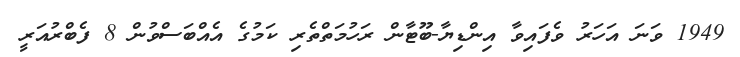
1949 ވަނަ އަހަރު ވެފައިވާ އިންޑިޔާ-ބޫޓާން ރަހުމަތްތެރި ކަމުގެ އެއްބަސްވުން 8 ފެބްރުއަރީ